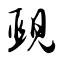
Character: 觋